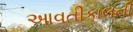
આવતીકાલની